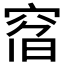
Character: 𥦇